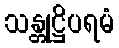
သန္တုဋ္ဌိပရမံ